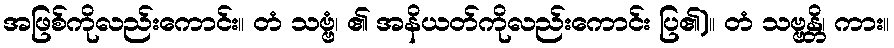
အဖြစ်ကိုလည်းကောင်း။ တံ သဗ္ဗံ၊ ၏ အနိယတ်ကိုလည်းကောင်း ပြ၏)။ တံ သဗ္ဗန္တိ၊ ကား။